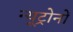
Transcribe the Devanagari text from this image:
न्यूट्रोनों